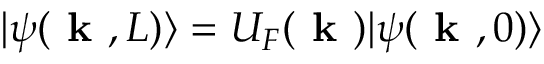
| \psi ( \textbf { k } , L ) \rangle = U _ { F } ( \textbf { k } ) | \psi ( \textbf { k } , 0 ) \rangle